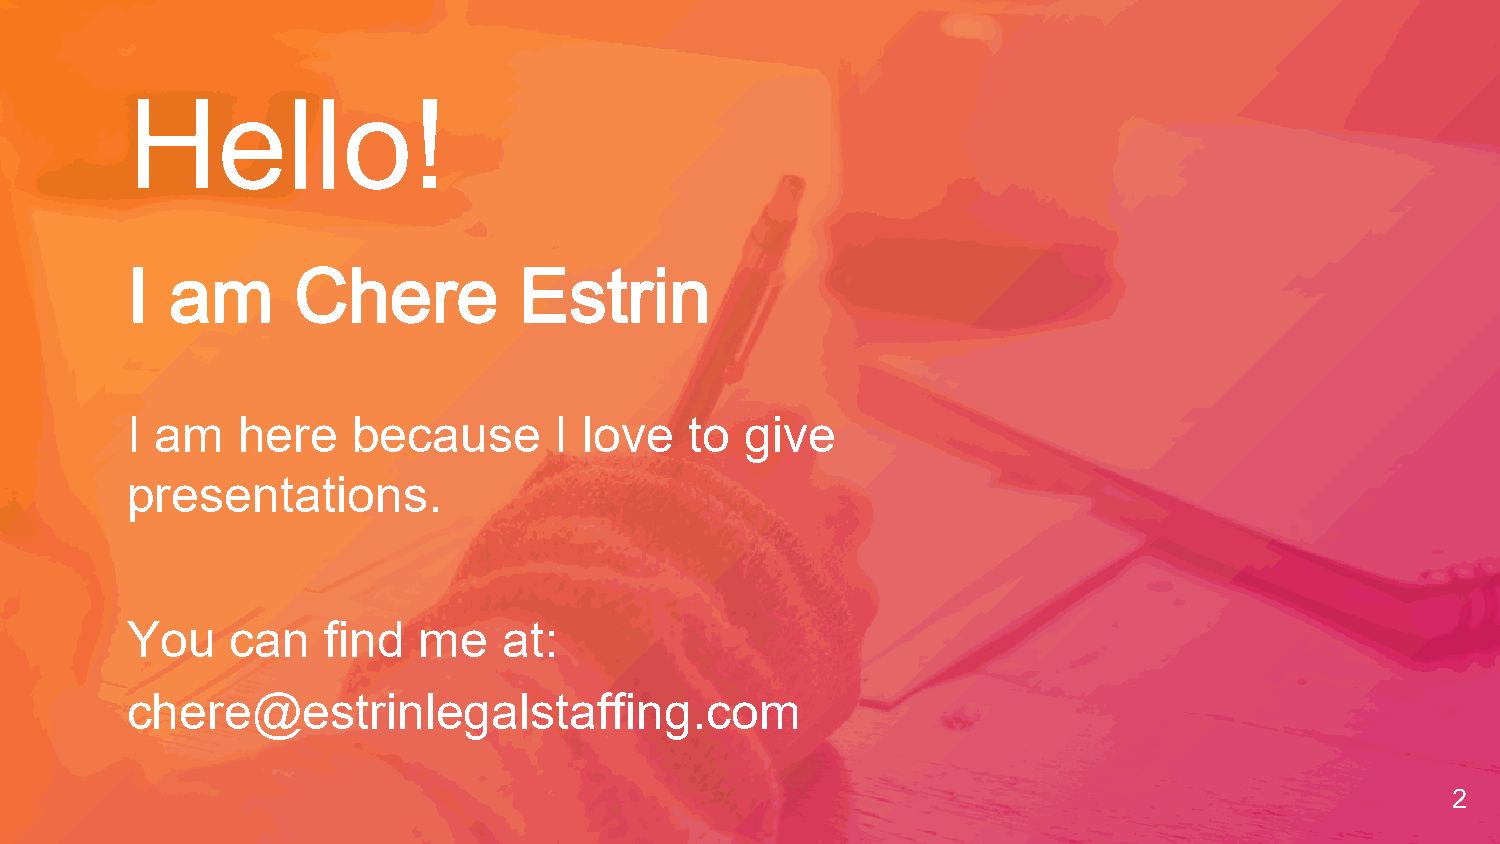
Hello!
 I  am      Chere          Estrin
 I am    here   because       I love   to give
 presentations.
 You    can    find  me   at:
 chere@estrinlegalstaffing.com
 2